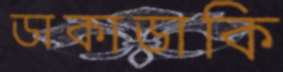
ডাকাডাকি